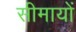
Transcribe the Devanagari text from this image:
सीमायों